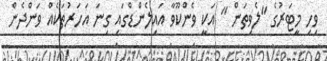
ވިހި މީޓަރުގެ "ލެވިތަން " އަކީ ވެންކޫވާ އައިލެންޑްގައި ގިނަ އަހަރުތަކެއް ވަންދެން